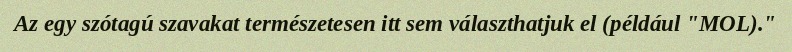
Az egy szótagú szavakat természetesen itt sem választhatjuk el (például "MOL)."